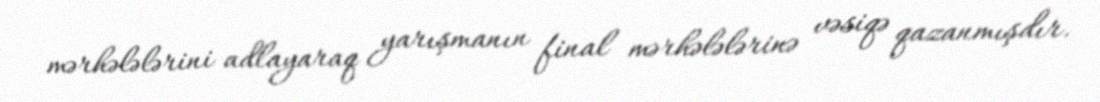
mərhələlərini adlayaraq yarışmanın final mərhələlərinə vəsiqə qazanmışdır.